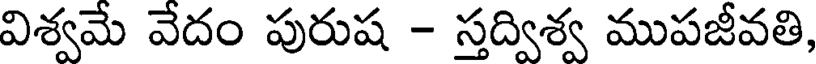
విశ్వమే వేదం పురుష - స్తద్విశ్వ ముపజీవతి,